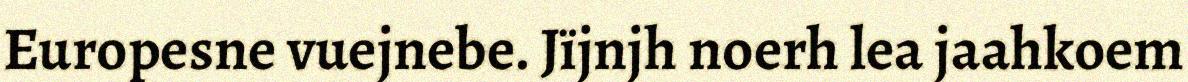
Europesne vuejnebe. Jïjnjh noerh lea jaahkoem